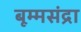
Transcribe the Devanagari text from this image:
बूम्मसंद्रा